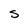
Character: S